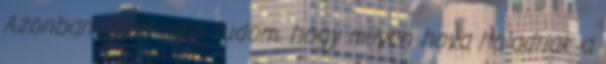
Azonban most nem tudom, hogy milyen hova haladnak a